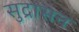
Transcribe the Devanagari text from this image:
सुद्रासन